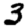
Digit: 3